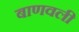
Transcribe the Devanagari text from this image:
बाणवली